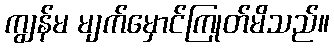
ကျွန်မ မျက်မှောင်ကြုတ်မိသည်။